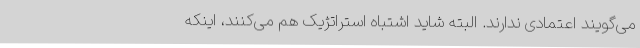
می‌گویند اعتمادی ندارند. البته شاید اشتباه استراتژیک هم می‌کنند، اینکه